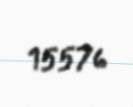
15576